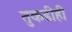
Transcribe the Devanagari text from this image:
तुकडीही